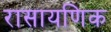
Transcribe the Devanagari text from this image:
रासायणिक